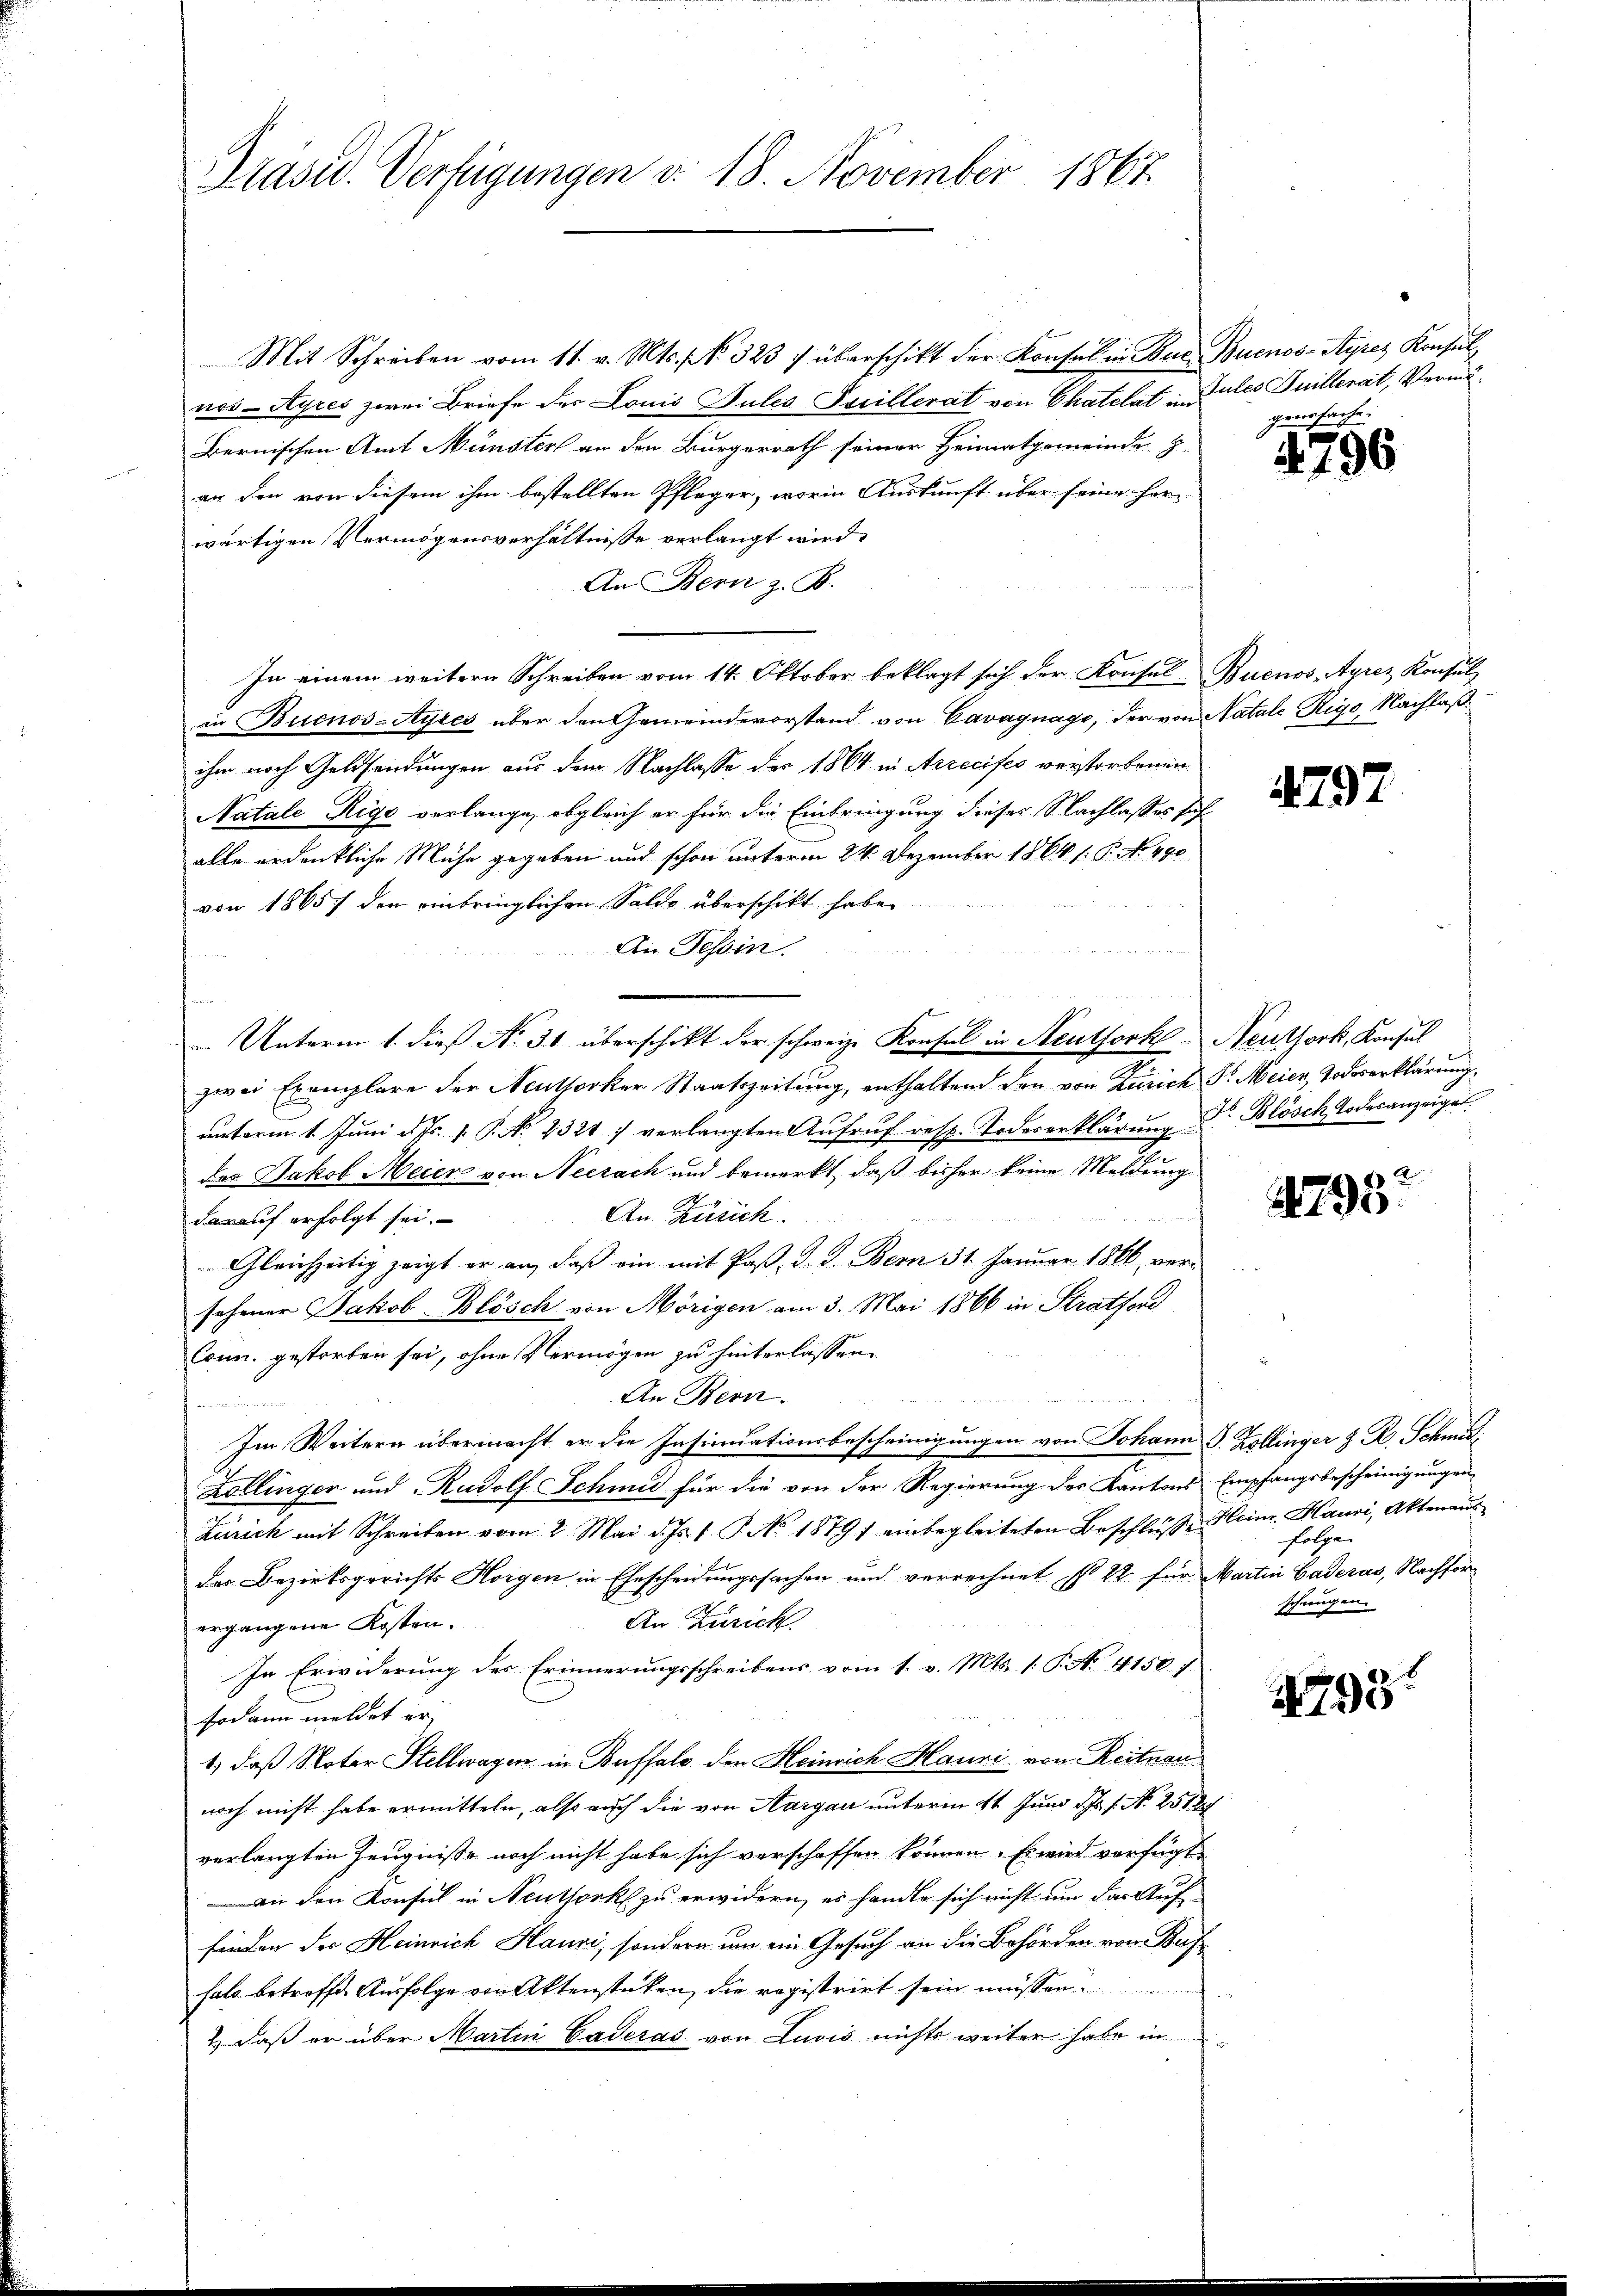
Präsid. Verfügungen d. 18. November 1867.

Mit Schreiben vom 11. v. Mts. No. 323 f überschikt der Konsul in Bur. Buenos-Ayres Konsul
nos-Ayres zwei Briefe des Louis Pules Freillerat von Chatelat indules Juillerat, Vermö¬
Bernischen Amt Münster an den Bürgerrath seiner Heimatgemeinde Z
ar den von diesem ihm bestellten Pfleger, worin Auskunft über seine herwärtigen Vermögensverhältnisse verlangt wird.
An Bern z. B.
In einem weitern Schreiben vom 14. Oktober beklagt sich der Konsul Buenos Ayrez Konsul
in Buenos-Ayres über den Gemeindevorstand von Cavagnage, der von Natale Rigo, Nachlaßihm noch Geldsendungen aus dem Nachlasse des 1864 in Arreeifes verstorbenen
Natale Rigo verlange, obgleich er für die Einbringung dieses Nachlasses fühalle ordentliche Mühe gegeben und schon unterm 24. Dezember 1864 /: P. No. 490
von 18657 den einbringlichen Saldo überschikt habe.
An Tessin.
a
 Unterm 1. dieß No 30 überschikt der schweiz. Konsul in Neuthork Neuthork, Konsul
e
zwei Exemplare der Neuthorker Staatszeitung, enthaltend den von Zürich Sr. Meier, Todeserklärung.
anterm 1. Jŭni d. Js. 1. P. N. 2321 7 verlangten Aŭfrŭf resp. Todeserklärŭng Dr. Blösch Todesanzeigel
das Jakob Meier von Neerach und bemerkt, daß bisher keine Meldung
An Zusich.
darauf erfolgt sei.
Gleichzeitig zeigt er an, daß ein mit Paß, d. J. Bern 31. Januar 1866 versehener Jakob Blösch von Mörigen am 3. Mai 1866 in Stratford
Conn. gestorben sei, ohne Vermögen zu hinterlassen.
An Bern.
u
Im Weitern übermacht er die Insinuationsbescheinigungen von Johann J. Kollinger z. R. Schmid¬
Zollinger und Rudolf Schmu für die von der Regierung des Kantons Empfangsbescheinigungen
Zürich mit Schreiben vom 2. Mai d. Js. v. P. No 1879 / einbegleiteten Beschlüße Heinr. Hauri, Akten aus
der Bezirksgerichts Horgen in Ehescheidungssachen und verrechnet, s. 22 für Martin Baderas, Nachfor¬
An Zürich
ergangene Kosten.
In Erwiderung des Erinnerungsschreibens vom 1. v. Mts. 1. P. No. 4150. 1.
sodann meldet er
1.) daß Noter Stellwagen im Buffalo den Heinrich Hauni von Reitnau
noch nicht habe ermitteln, also auch die von Aargau unterm 4t Juni d. Js. s. No. 251
verlangten Zeugnisse noch nicht habe sich verschaffen können. Es wird verfügt
an den Konsul in Neuthork zu erwidern, es handle sich nicht um das Auffinden der Heinrich Hauri, sondern um ein Gesuch an die Behörden von Bufhal betreffe. Ausfolge von Aktenstücken, die registrirt sein müssen.
 daß er über Martin Caderas von Luvis nichts weiter habe in

gens freihe

4796

4797

A
2798.

folge.
schwegen.

1798.